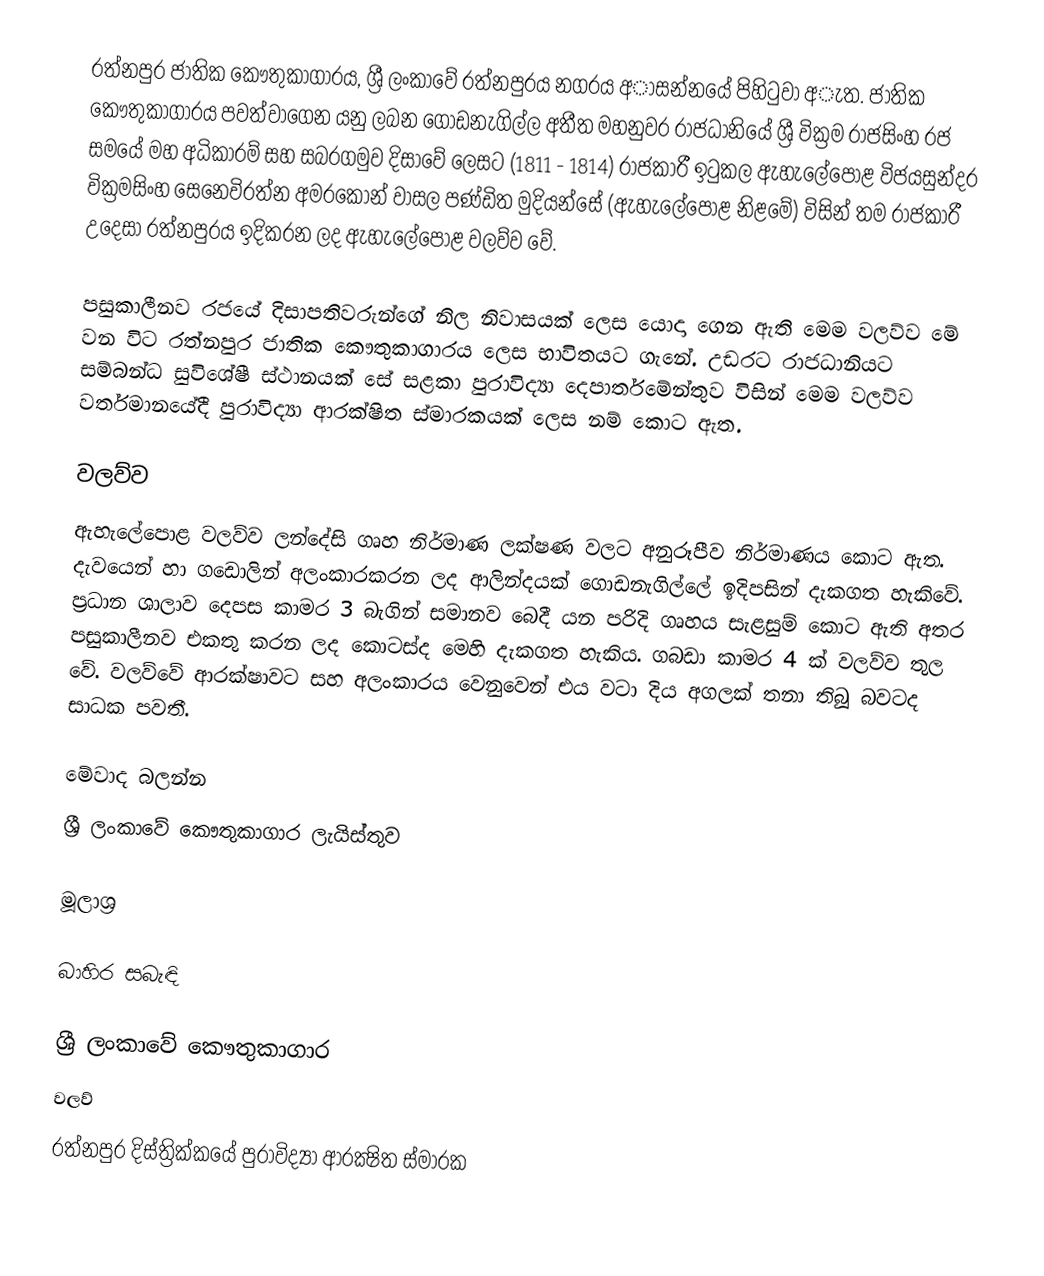
රත්නපුර ජාතික කෞතුකාගාරය, ශ්‍රී ලංකාවේ රත්නපුරය නගරය අාසන්නයේ පිහිටුවා අැත. ජාතික කෞතුකාගාරය පවත්වාගෙන යනු ලබන ගොඩනැගිල්ල අතීත මහනුවර රාජධානියේ ශ්‍රී වික්‍රම රාජසිංහ රජ සමයේ මහ අධිකාරම් සහ සබරගමුව දිසාවේ ලෙසට (1811 - 1814) රාජකාරී ඉටුකල ඇහැලේපොළ විජයසුන්දර වික්‍රමසිංහ සෙනෙවිරත්න අමරකෝන් වාසල පණ්ඩිත මුදියන්සේ (ඇහැලේපොළ නිළමේ) විසින් තම රාජකාරී උදෙසා රත්නපුරය ඉදිකරන ලද ඇහැලේපොළ වලව්ව වේ.

පසුකාලීනව රජයේ දිසාපතිවරුන්ගේ නිල නිවාසයක් ලෙස යොදා ගෙන ඇති මෙම වලව්ව මේ වන විට රත්නපුර ජාතික කෞතුකාගාරය ලෙස භාවිතයට ගැනේ. උඩරට රාජධානියට සම්බන්ධ සුවිශේෂී ස්ථානයක් සේ සළකා පුරාවිද්‍යා දෙපාර්තමේන්තුව විසින් මෙම වලව්ව වර්තමානයේදී පුරාවිද්‍යා ආරක්ෂිත ස්මාරකයක් ලෙස නම් කොට ඇත.

වලව්ව
ඇහැලේපොළ වලව්ව ලන්දේසි ගෘහ නිර්මාණ ලක්ෂණ වලට අනුරූපීව නිර්මාණය කොට ඇත. දැවයෙන් හා ගඩොලින් අලංකාරකරන ලද ආලින්දයක් ගොඩනැගිල්ලේ ඉදිපසින් දැකගත හැකිවේ. ප්‍රධාන ශාලාව දෙපස කාමර 3 බැගින් සමානව බෙදී යන පරිදි ගෘහය සැළසුම් කොට ඇති අතර පසුකාලීනව එකතු කරන ලද කොටස්ද මෙහි දැකගත හැකිය. ගබඩා කාමර 4 ක් වලව්ව තුල වේ. වලව්වේ ආරක්ෂාවට සහ අලංකාරය වෙනුවෙන් එය වටා දිය අගලක් තනා තිබූ බවටද සාධක පවතී.

මේවාද බලන්න
ශ්‍රී ලංකාවේ කෞතුකාගාර ලැයිස්තුව

මූලාශ්‍ර

බාහිර සබැඳි

ශ්‍රී ලංකාවේ කෞතුකාගාර
වලව්
රත්නපුර දිස්ත්‍රික්කයේ පුරාවිද්‍යා ආරක්‍ෂිත ස්මාරක‎